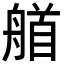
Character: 艏